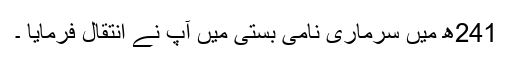
241ھ میں سرماری نامی بستی میں آپ نے انتقال فرمایا ۔